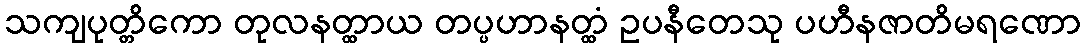
သကျပုတ္တိကော တုလနတ္ထာယ တပ္ပဟာနတ္ထံ ဥပနီတေသု ပဟီနဇာတိမရဏော